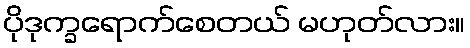
ပိုဒုက္ခရောက်စေတယ် မဟုတ်လား။